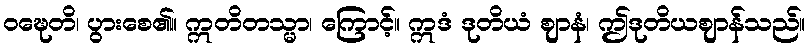
ဝဍ္ဎေတိ၊ ပွားစေ၏။ ဣတိတသ္မာ၊ ကြောင့်။ ဣဒံ ဒုတိယံ ဈာနံ၊ ဤဒုတိယဈာန်သည်။